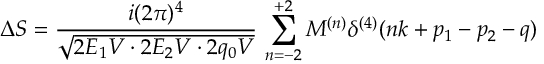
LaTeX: \Delta S = { \frac { i ( 2 \pi ) ^ { 4 } } { \sqrt { 2 E _ { 1 } V \cdot 2 E _ { 2 } V \cdot 2 q _ { 0 } V } } } \, \sum _ { n = - 2 } ^ { + 2 } { \cal M } ^ { ( n ) } \delta ^ { ( 4 ) } ( n k + p _ { 1 } - p _ { 2 } - q )